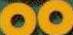
00